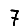
Digit: 7